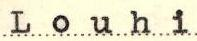
Louhi